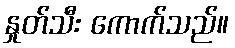
နှုတ်သီး ကောက်သည်။